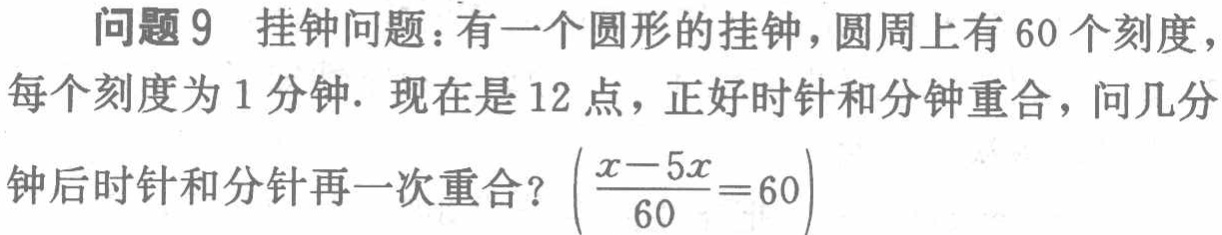
问题 9 挂钟问题：有一个圆形的挂钟，圆周上有 60 个刻度，每个刻度为 1 分钟. 现在是 12 点，正好时针和分钟重合，问几分钟后时针和分针再一次重合？$\left(\frac{x - 5x}{60}=60\right)$